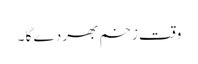
وقت زخم بھر دے گا ۔